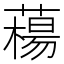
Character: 𦼴